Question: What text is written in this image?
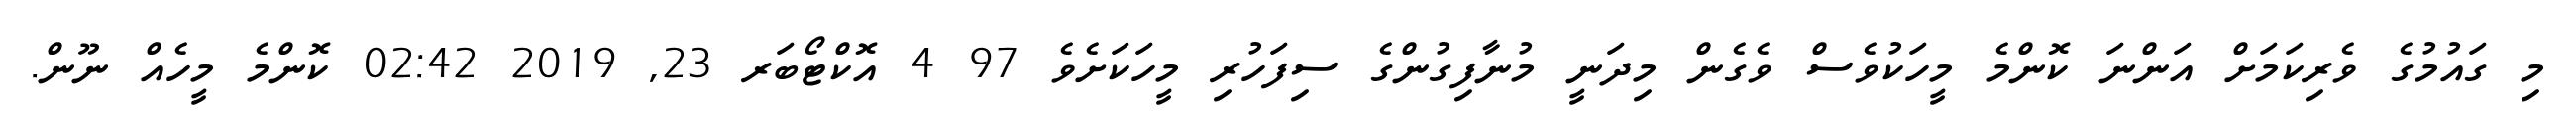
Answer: މި ގައުމުގެ ވެރިކަމަށް އަންނަ ކޮންމެ މީހަކުވެސް ވެގެން މިދަނީ މުނާފިގުންގެ ސިފަހުރި މީހަކަށެވެ 97 4 އޮކްޓޯބަރ 23, 2019 02:42 ކޮންމެ މީހެއް ނޫން.